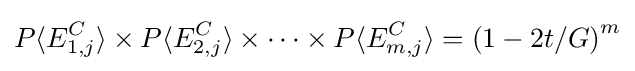
P\langle E_{1,j}^{C}\rangle \times P\langle E_{2,j}^{C}\rangle \times \cdots \times P\langle E_{m,j}^{C}\rangle =\left(1-2t/G\right)^{m}